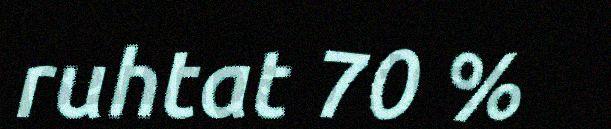
ruhtat 70 %